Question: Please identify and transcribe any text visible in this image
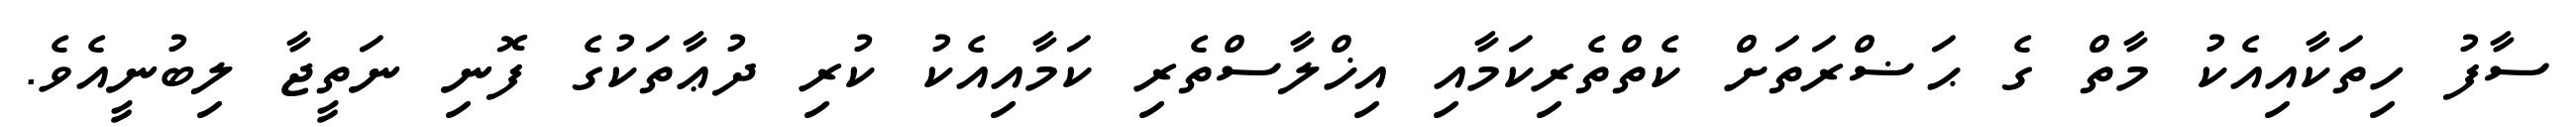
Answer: ސާފު ހިތަކާއިއެކު މާތް ގެ ޙަޟްރަތަށް ކެތްތެރިކަމާއި އިޚްލާސްތެރި ކަމާއިއެކު ކުރި ދުޢާތަކުގެ ފޮނި ނަތީޖާ ލިބުނީއެވެ.